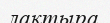
лақтыра